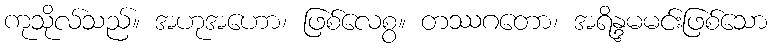
ကုသိုလ်သည်။ အဟုအဟော၊ ဖြစ်လေစွ။ တဿဂတော၊ အရိန္ဒမမင်းဖြစ်သော